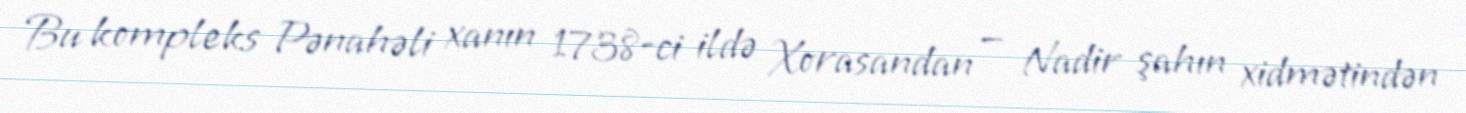
Bu kompleks Pənahəli xanın 1738-ci ildə Xorasandan — Nadir şahın xidmətindən